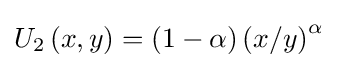
U_{2}\left(x,y\right)=(1-\alpha )\left(x/y\right)^{\alpha }